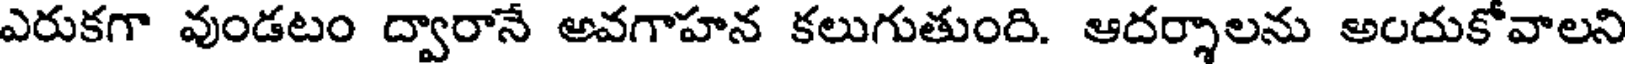
ఎరుకగా వుండటం ద్వారానే అవగాహన కలుగుతుంది. ఆదర్శాలను అందుకోవాలని